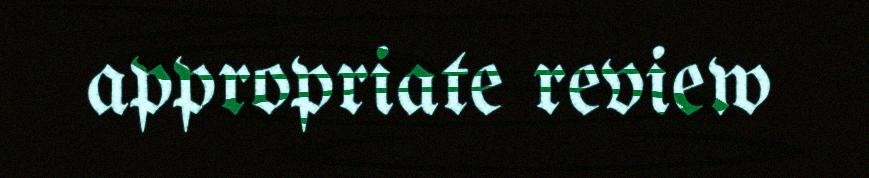
appropriate review